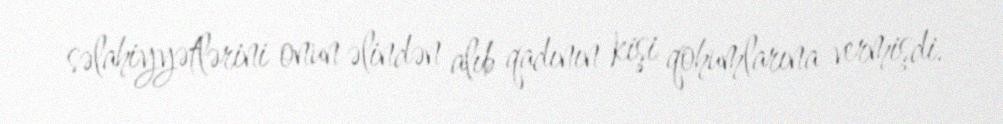
səlahiyyətlərini onun əlindən alıb qadının kişi qohumlarına vermişdi.